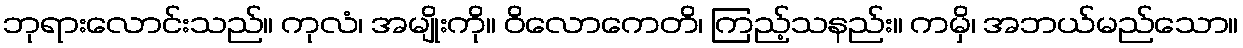
ဘုရားလောင်းသည်။ ကုလံ၊ အမျိုးကို။ ဝိလောကေတိ၊ ကြည့်သနည်း။ ကမှိ၊ အဘယ်မည်သော။